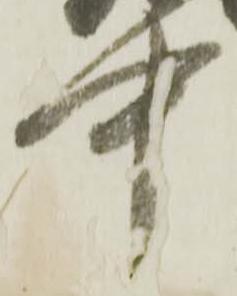
中